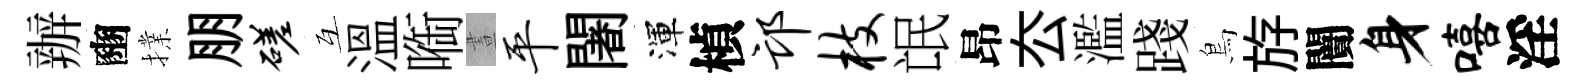
辦豳擈朋磋互溫㗸晝平闍渾楨邙枝氓昂厺濫踐鳥斿闠身嘻淫